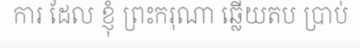
ការ ដែល ខ្ញុំ ព្រះករុណា ឆ្លើយតប ប្រាប់